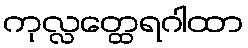
ကုလ္လတ္ထေရဂါထာ